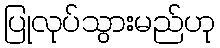
ပြုလုပ်သွားမည်ဟု